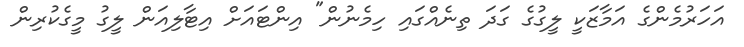
އަހަރުމެންގެ އަމާޒަކީ ލީގުގެ ގަދަ ތިނެއްގައި ހިމެނުން" އިންޓައަށް އިޓާލިއަން ލީގު މީގެކުރިން